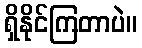
ရှိနိုင်ကြတာပဲ။